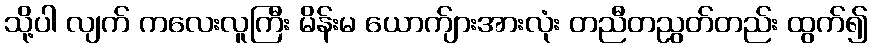
သို့ပါ လျက် ကလေးလူကြီး မိန်းမ ယောက်ျားအားလုံး တညီတညွတ်တည်း ထွက်၍